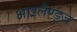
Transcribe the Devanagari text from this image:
आइलैण्ड्ज़